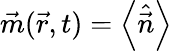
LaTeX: \vec{m}(\vec{r},t)=\left<\hat{\vec{n}}\right>